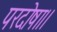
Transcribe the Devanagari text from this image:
परदोषा।।